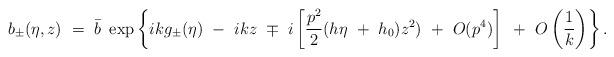
LaTeX: \begin{align*}b_{\pm} (\eta,z) ~=~ \bar{b}~ \exp \left \{ i k g_{\pm} (\eta) ~-~ i k z~\mp~ i \left[ \frac{ p^2}{2} ( h \eta ~+~ h_{0} ) z^2 ) ~+~ O(p^4) \right] ~+~ O\left(\frac 1 k \right) \right \}.\end{align*}